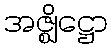
အဇ္ဈိဋ္ဌော